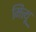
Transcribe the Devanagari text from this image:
मित्थू